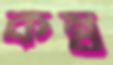
কম্ব